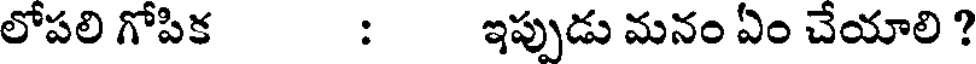
లోపలి గోపిక : ఇప్పుడు మనం ఏం చేయాలి ?